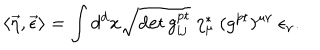
LaTeX: \langle \vec { \eta } , \vec { \epsilon } \rangle = \int d ^ { d } x \sqrt { \det g _ { i j } ^ { \mathrm { p t } } } \ \eta _ { \mu } ^ { * } \ ( g ^ { \mathrm { p t } } ) ^ { \mu \nu } \ \epsilon _ { \nu } .